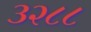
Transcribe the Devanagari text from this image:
३२८८